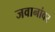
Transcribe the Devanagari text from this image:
जवानांवर